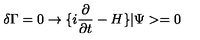
\delta \Gamma = 0 \rightarrow \{ i { \frac { \partial } { \partial t } } - H \} | \Psi > = 0